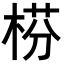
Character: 𣔄